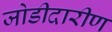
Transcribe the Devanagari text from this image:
जोडीदारीण